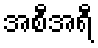
အစီအရီ